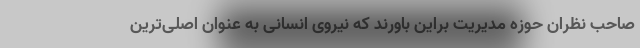
صاحب نظران حوزه مدیریت براین باورند که نیروی انسانی به عنوان اصلی‌ترین